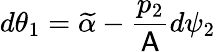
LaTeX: d\theta_{1}=\widetilde{\alpha}-\frac{p_{2}}{\mathsf{A}}d\psi_{2}